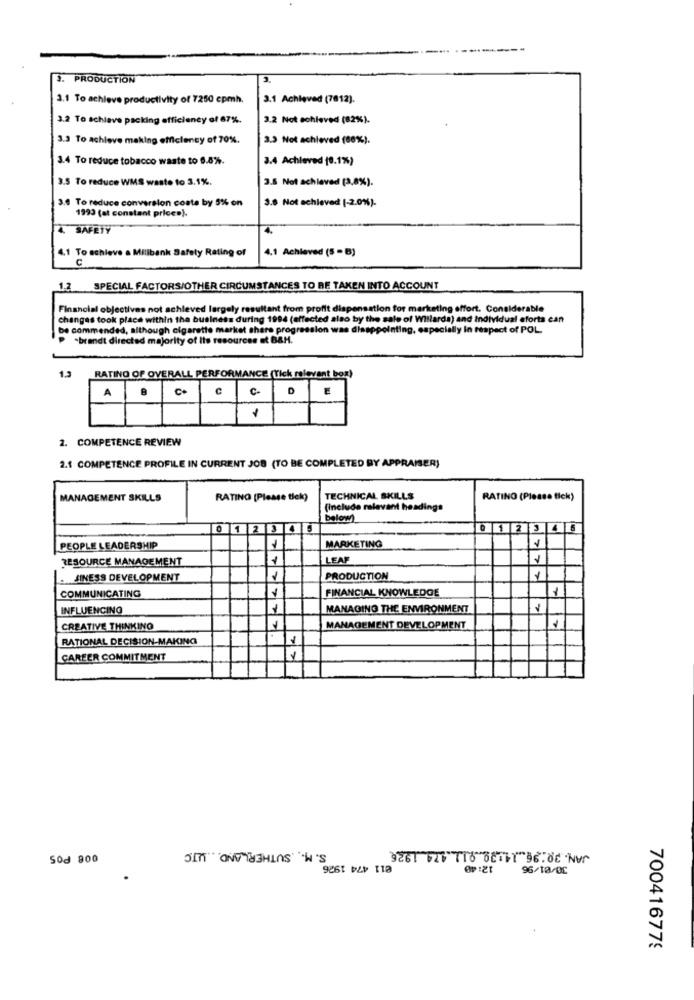
3. PRODUCTION
3.1 To achieve productivity of 7250 cpmh.
3.1 Achieved (7812).
3.2 To schlave packing efficiency of 67%.
3.2 Not achieved (82%).
3.3 To achieve making efficiency of 70%.
3.3 Not achieved (86%).
3.4 To reduce tobacco waste to 6.8%.
3.4 Achieved (0.1%)
3.5 To reduce WMS waste to 3.1%.
3.5 Not achieved (3,8%).
3.4 To reduce conversion costa by 5% on
3.6 Not achieved (-2.0%).
1993 (at constant price»).
4. SAFETY
4.1 To achieve a Milibank Safety Rating of
4.1 Achieved (5 - B)
C.
1.2 SPECIAL FACTORS/OTHER CIRCUMSTANCES TO BE TAKEN INTO ACCOUNT
Financial objectives not achieved largely resultant from profit dispensation for marketing effort. Considerable
changes took place within the business during 1984 (affected also by the sale of Willarda) and Individual eforts can
be commended, although cigarette market share progression was disappointing, especially In respect of POL
-brandt directed majority of Its resources et B&H.
1.2
RATING OF OVERALL PERFORMANCE (Tick relevant box)
A
C. C C D
2. COMPETENCE REVIEW
2.1 COMPETENCE PROFILE IN CURRENT JOB (TO BE COMPLETED BY APPRAISER)
MANAGEMENT SKILLS
RATING (Please tick)
TECHNICAL SKILLS
RATING (Please tick)
(Include relevant headings
below
0 23 4
PEOPLE LEADERSHIP
MARKETING
RESOURCE MANAGEMENT
LEAF
77
. SINESS DEVELOPMENT
PRODUCTION
1
FINANCIAL KNOWLEDGE
COMMUNICATING
INFLUENCING
MANAGING THE ENVIRONMENT
CREATIVE THINKING
MANAGEMENT DEVELOPMENT
RATIONAL DECISION-MAKING
CAREER COMMITMENT
S. M. SUTHERLAND UTC
Sod 800
3261 210 0106.0Cv
e11 474 1926
12:40
96/10/00
700416779